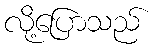
လို့ပြောသည်